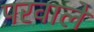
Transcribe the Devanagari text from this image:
परवाले